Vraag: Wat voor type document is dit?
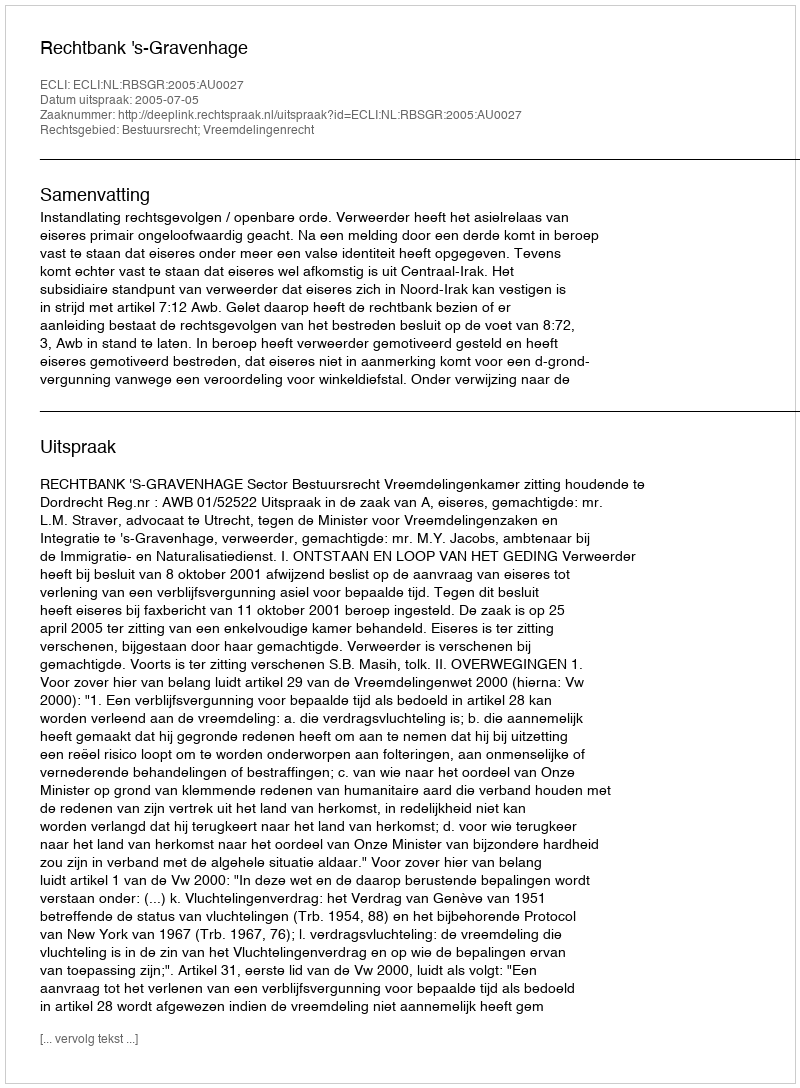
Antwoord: Uitspraak